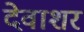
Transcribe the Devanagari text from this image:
देवाशर